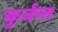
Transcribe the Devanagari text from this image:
कुर्वन्त